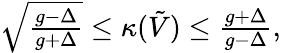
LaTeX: \begin{array}{r}{\sqrt{\frac{g-\Delta}{g+\Delta}}\le\kappa(\tilde{V})\le\frac{g+\Delta}{g-\Delta},}\end{array}